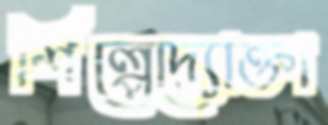
শিল্পেদ্যোক্তা